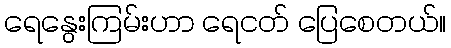
ရေနွေးကြမ်းဟာ ရေငတ် ပြေစေတယ်။